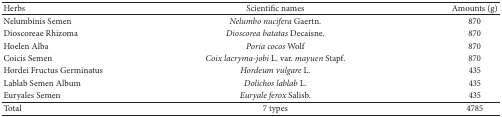
<table><thead><tr><td><b>Herbs</b></td><td><b>Scientific names</b></td><td><b>Amounts (g)</b></td></tr></thead><tbody><tr><td>Nelumbinis Semen</td><td><i>Nelumbo nucifera </i>Gaertn.</td><td>870</td></tr><tr><td>Dioscoreae Rhizoma</td><td><i>Dioscorea batatas </i>Decaisne.</td><td>870</td></tr><tr><td>Hoelen Alba</td><td><i>Poria cocos </i>Wolf</td><td>870</td></tr><tr><td>Coicis Semen</td><td><i>Coix lacryma-jobi </i>L. var. <i>mayuen </i>Stapf.</td><td>870</td></tr><tr><td>Hordei Fructus Germinatus</td><td><i>Hordeum vulgare </i>L.</td><td>435</td></tr><tr><td>Lablab Semen Album</td><td><i>Dolichos lablab </i>L.</td><td>435</td></tr><tr><td>Euryales Semen</td><td><i>Euryale ferox </i>Salisb.</td><td>435</td></tr><tr><td>Total</td><td>7 types</td><td>4785</td></tr></tbody></table>